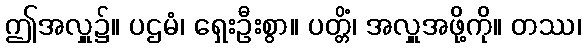
ဤအလှူ၌။ ပဌမံ၊ ရှေးဦးစွာ။ ပတ္တိံ၊ အလှူအဖို့ကို။ တဿ၊